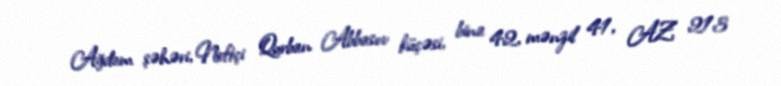
Ağdam şəhəri, Neftçi Qurban Abbasov küçəsi, bina 42, mənzil 41, AZ 213